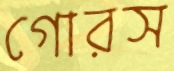
গোরস